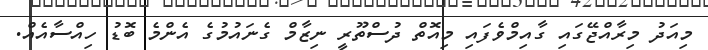
މިއަދު މިރާއްޖޭގައި ގާއިމްވެފައި މިއޮތް ދުސްތޫރީ ނިޒާމް ގެނައުމުގެ އެންމެ ބޮޑު ހިއްސާއެއް.